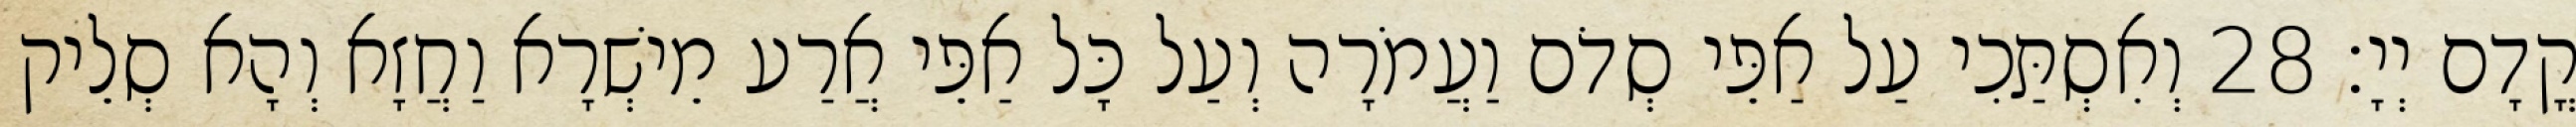
קֳדָם יְיָ׃ 28 וְאִסְתַּכִי עַל אַפֵּי סְדֹם וַעֲמֹרָה וְעַל כָּל אַפֵּי אֲרַע מֵישְׁרָא וַחֲזָא וְהָא סְלֵיק